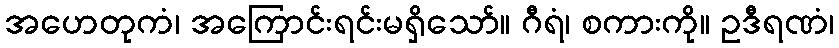
အဟေတုကံ၊ အကြောင်းရင်းမရှိသော်။ ဂီရံ၊ စကားကို။ ဥဒီရဏံ၊